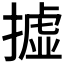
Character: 𢴮